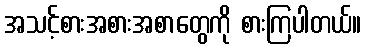
အသင့်စားအစားအစာတွေကို စားကြပါတယ်။